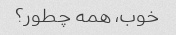
خوب، همه چطور؟